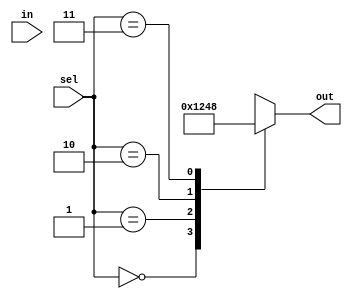
module Demux_case(in, sel, out);
	input 		in;
	input [1:0]	sel;
	output [3:0]	out;

	reg [3:0]		out;

	always @(sel or in)
		begin
			case(sel)
				2'b00 : out = 1;
				2'b01 : out = 2;
				2'b10 : out = 4;
				2'b11 : out = 8;
			endcase
		end
endmodule